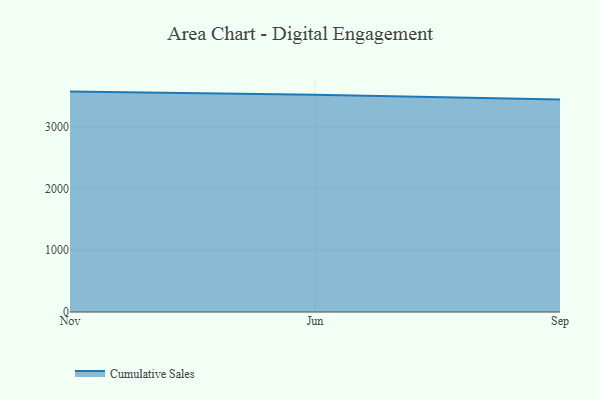
{"axis": {"x": "Month", "y": "LTV (USD)"}, "legend": ["Cumulative Sales"], "data": [{"x": "Nov", "y": 3564.6, "type": "Cumulative Sales"}, {"x": "Jun", "y": 3513.9, "type": "Cumulative Sales"}, {"x": "Sep", "y": 3437.8, "type": "Cumulative Sales"}]}